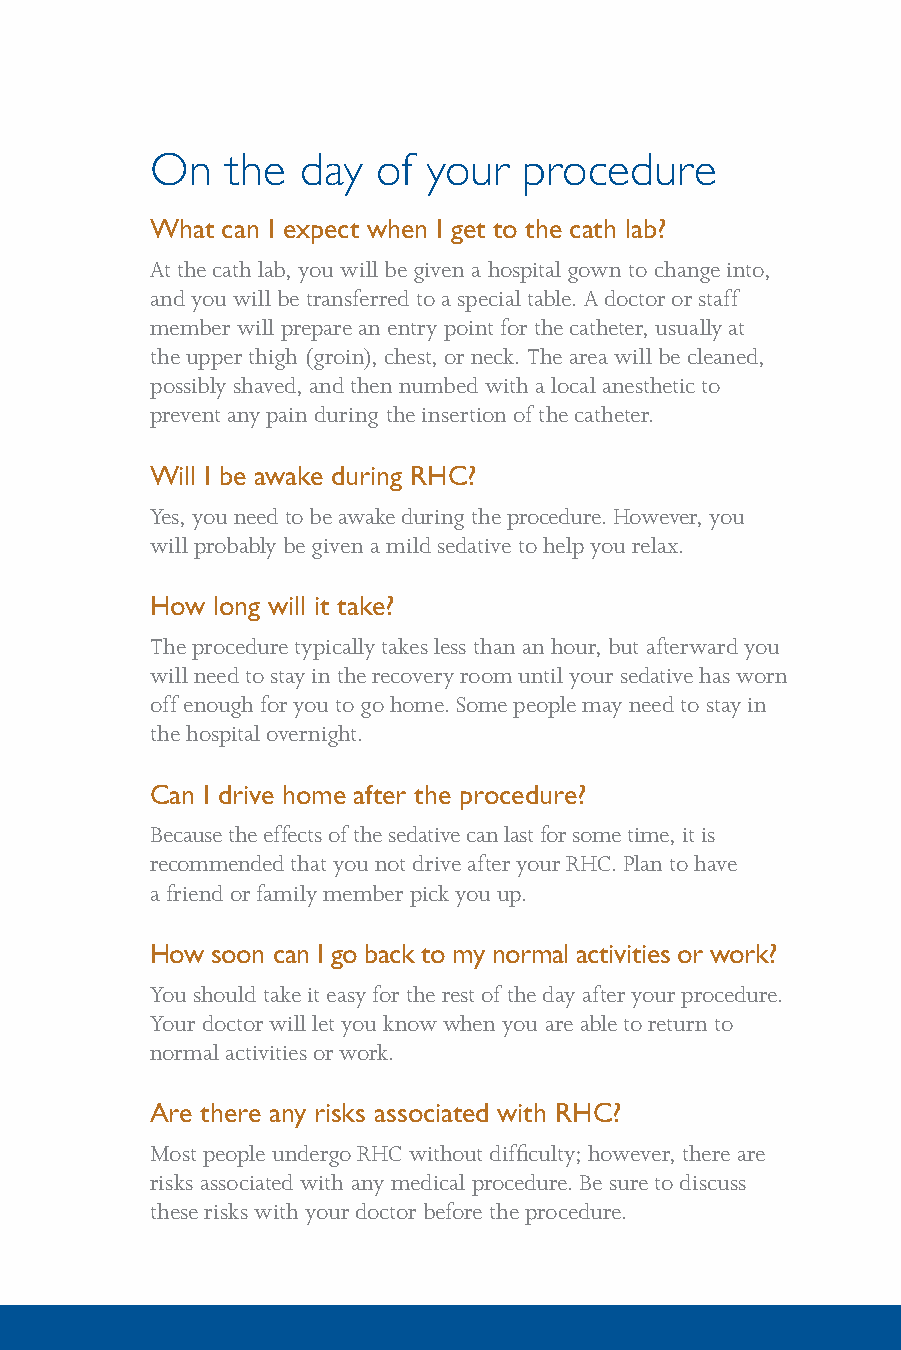
On   the  day  of your   procedure
 What can I expect when I get to the cath lab?
 At the cath lab, you will be given a hospital gown to change into,
 and you will be transferred to a special table. A doctor or staff
 member will prepare an entry point for the catheter, usually at
 the upper thigh (groin), chest, or neck. The area will be cleaned,
 possibly shaved, and then numbed with a local anesthetic to
 prevent any pain during the insertion of the catheter.
 Will I be awake during RHC?
 Yes, you need to be awake during the procedure. However, you
 will probably be given a mild sedative to help you relax.
 How long will it take?
 The procedure typically takes less than an hour, but afterward you
 will need to stay in the recovery room until your sedative has worn
 off enough for you to go home. Some people may need to stay in
 the hospital overnight.
 Can I drive home after the procedure?
 Because the effects of the sedative can last for some time, it is
 recommended that you not drive after your RHC. Plan to have
 a friend or family member pick you up.
 How soon can I go back to my normal activities or work?
 You should take it easy for the rest of the day after your procedure.
 Your doctor will let you know when you are able to return to
 normal activities or work.
 Are there any risks associated with RHC?
 Most people undergo RHC without difficulty; however, there are
 risks associated with any medical procedure. Be sure to discuss
 these risks with your doctor before the procedure.